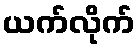
ယက်လိုက်